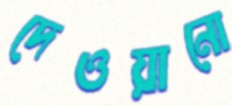
দেওয়ানো